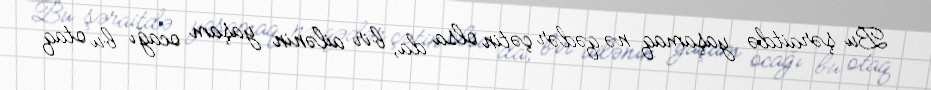
Bu şəraitdə yaşamaq nə qədər çətin olsa da, bir ailənin yaşam ocağı bu otaq